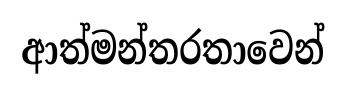
ආත්මන්තරතාවෙන්